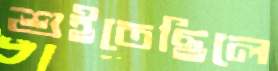
শুইতেছিলে